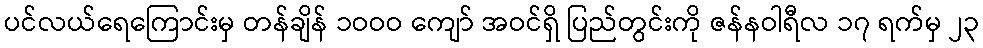
ပင်လယ်ရေကြောင်းမှ တန်ချိန် ၁ဝဝဝ ကျော် အဝင်ရှိ ပြည်တွင်းကို ဇန်နဝါရီလ ၁၇ ရက်မှ ၂၃